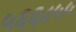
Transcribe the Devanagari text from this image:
५६६८५५